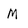
Character: M